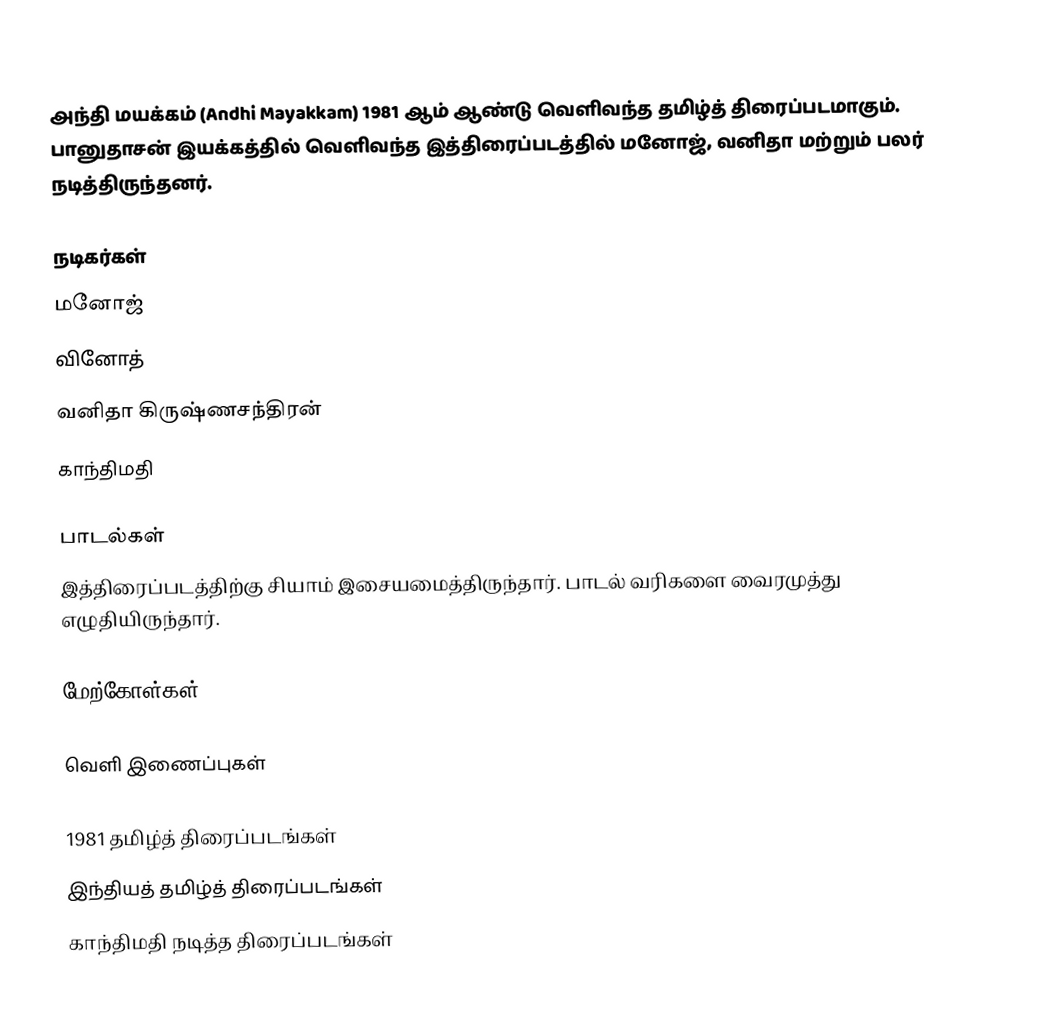
அந்தி மயக்கம் (Andhi Mayakkam) 1981 ஆம் ஆண்டு வெளிவந்த தமிழ்த் திரைப்படமாகும். பானுதாசன் இயக்கத்தில் வெளிவந்த இத்திரைப்படத்தில் மனோஜ், வனிதா மற்றும் பலர் நடித்திருந்தனர்.

நடிகர்கள்
மனோஜ்
வினோத்
வனிதா கிருஷ்ணசந்திரன்
காந்திமதி

பாடல்கள்
இத்திரைப்படத்திற்கு சியாம் இசையமைத்திருந்தார். பாடல் வரிகளை வைரமுத்து எழுதியிருந்தார்.

மேற்கோள்கள்

வெளி இணைப்புகள்

1981 தமிழ்த் திரைப்படங்கள்
இந்தியத் தமிழ்த் திரைப்படங்கள்
காந்திமதி நடித்த திரைப்படங்கள்